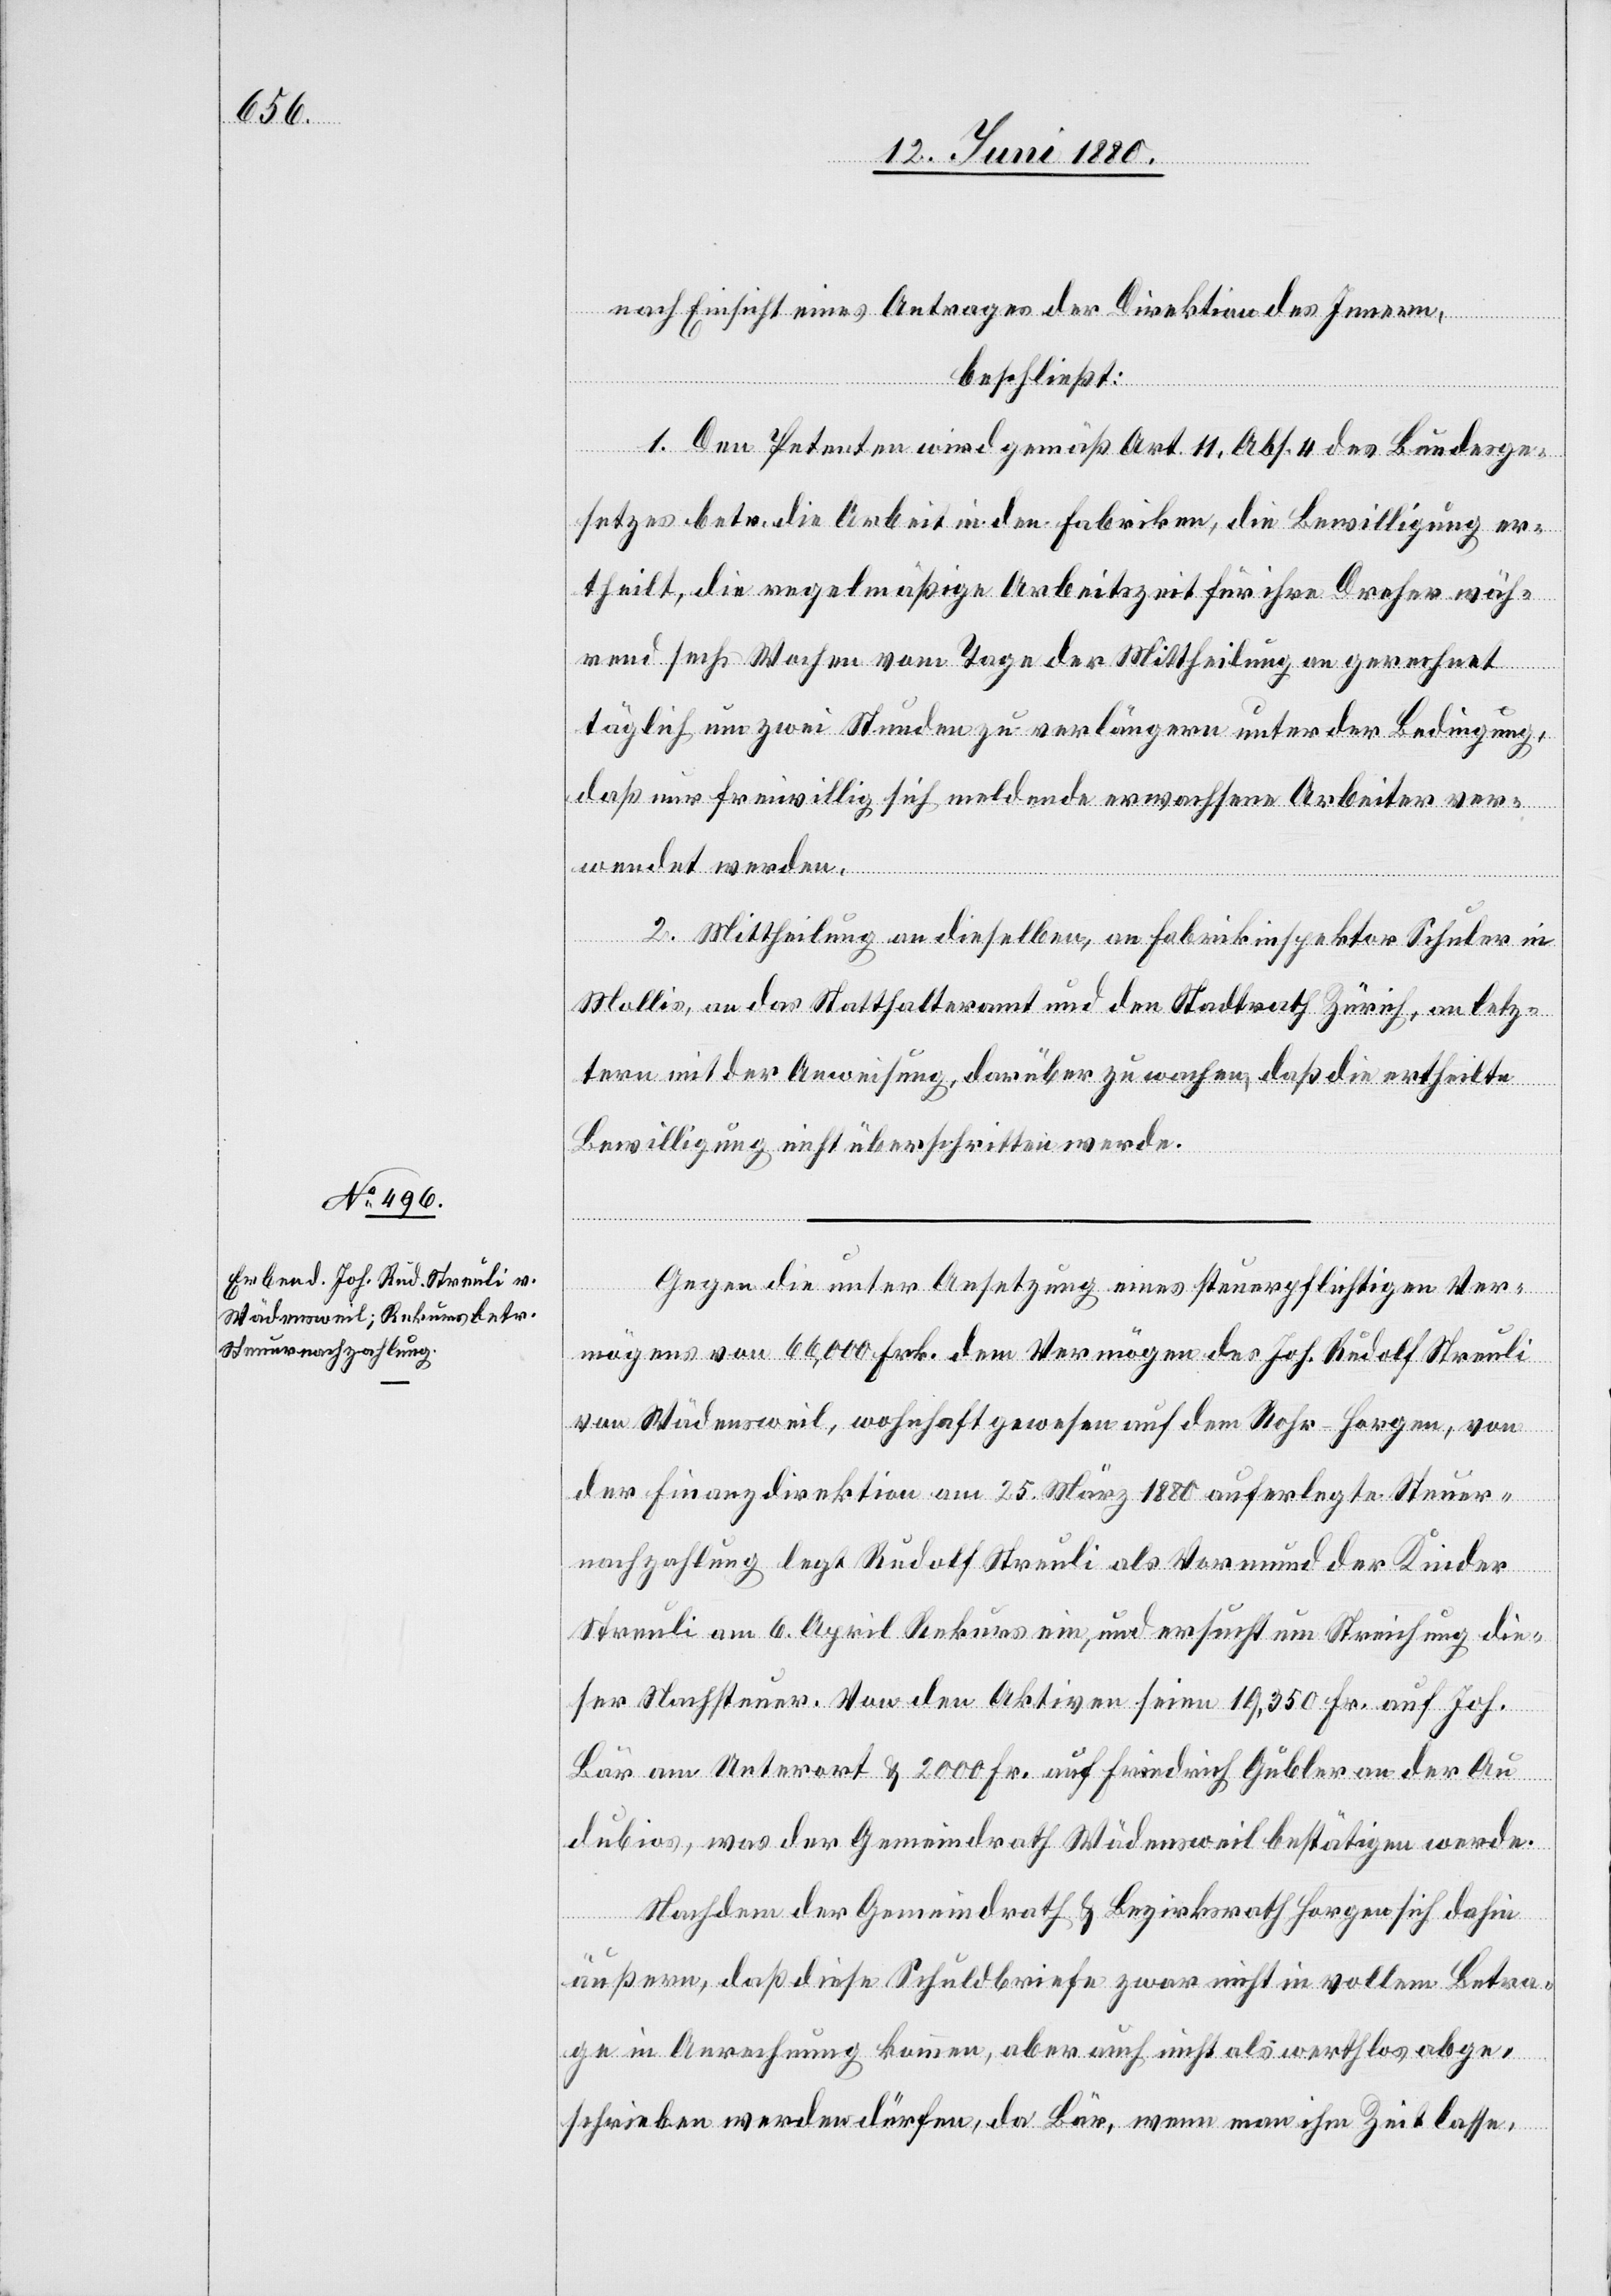
nach Einsicht eines Antrages der Direktion des Innern,
der Beding¬
beschließt:
1. Den Petenten wird gemäß Art. 11, Abs. 4 des Bundesge¬
setzes betr. die Arbeit in den Fabriken, die Bewilligung er¬
theilt, die regelmäßige Arbeitszeit für ihr Dreher wäh¬
rend sechs Wochen vom Tage der MM an gerechnet täglich
daß nur freiwillig sich meldende erwachsene Arbeiter ver¬
wendet werden.
2. Mittheilung an dieselben, an Fabrikinspektor Schuler in
Mollis, an das Statthalteramt und den Stadtrath Zürich, an letz¬
tern mit der Anweisung, darüber zu wachen, daß die ertheilte
Bewilligung nicht überschritten werde.
Gegen die unter Ansetzung eines steuerpflichtigen Ver¬
mögens von 66,000 Frk. dem Vermögen des Joh. Rudolf Streuli
von Wädensweil, wohnhaft gewesen auf dem Rohr - Horgen, von
der Finanzdirektion am 25. März 1880 auferlegte Steuer¬
ung,
nachzahlung legt Rudolf Streuli als Vormund der Kinder
Streuli am 6. April Rekurs ein, und ersucht um Streichung die¬
ser Nachsteuer. Von den Aktiven seien 19,350 Fr. auf Joh.
Bär am Unterort & 2000 Fr. auf Friedrich Gubler an der Au
dubios, was der Gemeindrath Wädensweil bestätigen werde.
Nachdem der Gemeindrath & Bezirksrath Horgen sich dahin
äußern, daß diese Schuldbriefe zwar nicht in vollem Betra¬
ge in Anrechnung kommen, aber auch nicht als werthlos abge¬
schrieben werden dürfen, da Bär, wenn man ihm Zeit lasse,